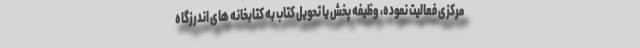
مرکزی فعالیت نموده، وظیفه پخش یا تحویل کتاب به کتابخانه های اندرزگاه